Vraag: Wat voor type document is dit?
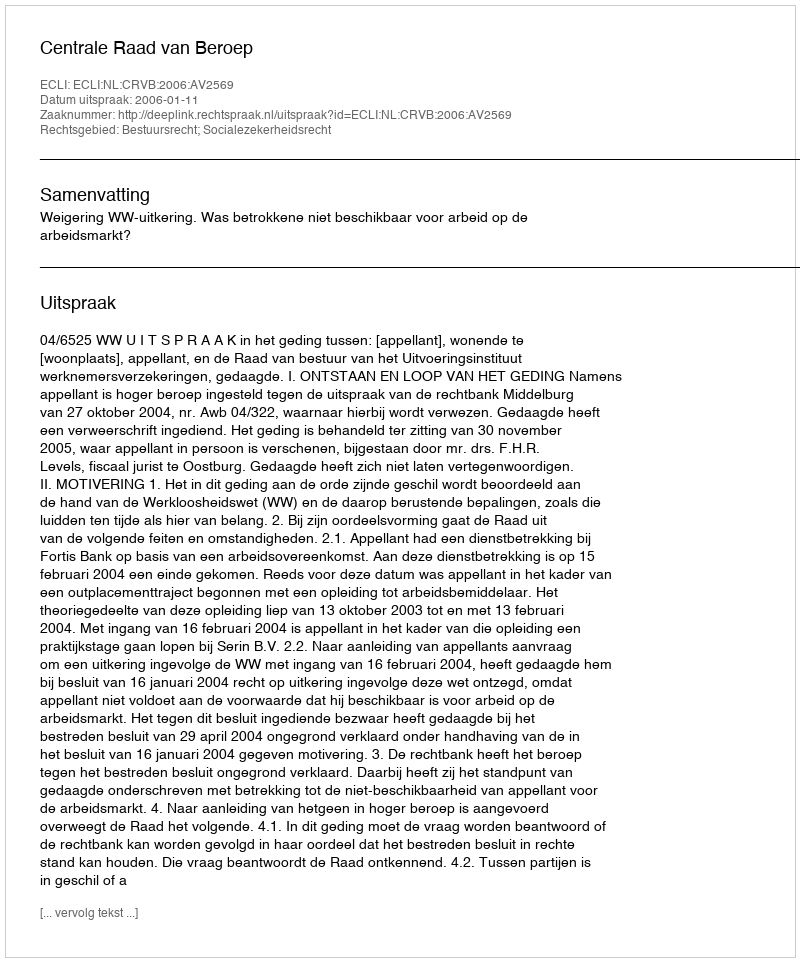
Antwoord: Uitspraak